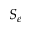
S _ { e }